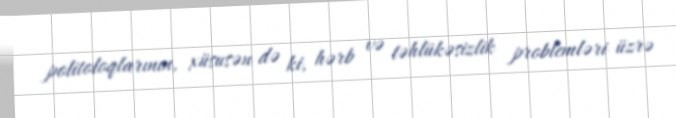
politoloqlarının, xüsusən də ki, hərb və təhlükəsizlik problemləri üzrə